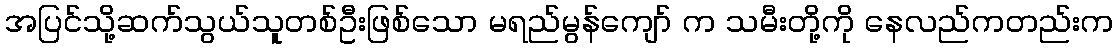
အပြင်သို့ဆက်သွယ်သူတစ်ဦးဖြစ်သော မရည်မွန်ကျော် က သမီးတို့ကို နေလည်ကတည်းက